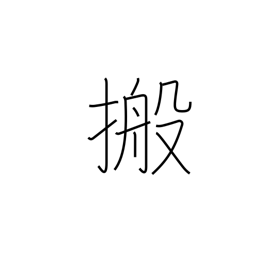
Meaning: conveyor